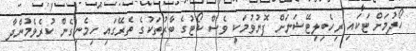
ހޯދުމަށް ޓަކައި ރިހެބިލިޓޭޝަނަށް ފޮނުވުމަކީ ވެސް ކޯޓުގެ ބާރުތަކުގެ ތެރޭގައި ހިމެނިގެން ކުރެވެމުންދާ